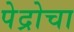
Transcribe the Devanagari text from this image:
पेद्रोचा